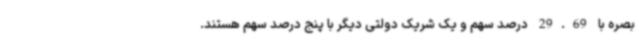
بصره با 29.69 درصد سهم و یک شریک دولتی دیگر با پنج درصد سهم هستند.